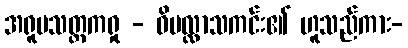
အရူပသတ္တကရှု - ဝိပလ္လာသကင်း၏ ဟူသည်ကား-